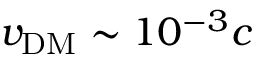
v _ { \mathrm { D M } } \sim 1 0 ^ { - 3 } c